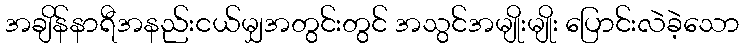
အချိန်နာရီအနည်းငယ်မျှအတွင်းတွင် အသွင်အမျိုးမျိုး ပြောင်းလဲခဲ့သော